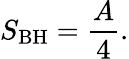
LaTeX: S_{\mathrm{BH}}={\frac{A}{4}}.